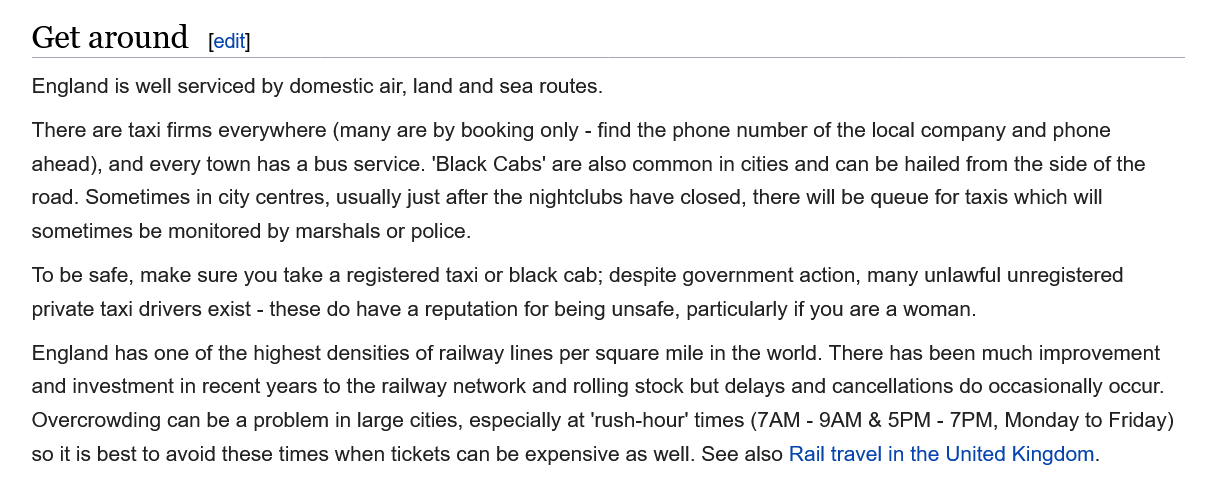
Get  around
    England is well serviced by domestic air, land and sea routes.
   There are taxi firms everywhere (many are by booking only -
     find the phone number of the local company and phone
   ahead), and every town has a bus service. ‘Black Cabs' are also common in cities and can be hailed from the side of the
    road. Sometimes in city centres, usually just after the nightclubs have closed, there will be queue for taxis which will
   sometimes be monitored by marshals or police.
   To be safe, make sure you take a registered taxi or black cab; despite government action, many unlawful unregistered
    private taxi drivers exist
     -
     these do have a reputation for being unsafe. particularly if vou are a woman.
    England has one of the highest densities of railway lines per square mile in the world. There has been much improvement
   and investment in recent years to the railway network and rolling stock but delays and cancellations do occasionally occur.
   Overcrowding can be a problem in large cities, especially at 'rush-hour' times (7AM -
     9AM & 5PM
     -
     7PM, Monday to Friday)
   so it is best to avoid these times when tickets can be expensive as well. See also Rail travel in the United Kingdom.